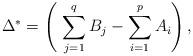
LaTeX: \begin{align*}\Delta^{*}=\left(\ \sum_{j=1}^{q}B_{j}-\sum_{i=1}^{p}A_{i}\right),\end{align*}